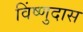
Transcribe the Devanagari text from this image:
विंष्णुदास